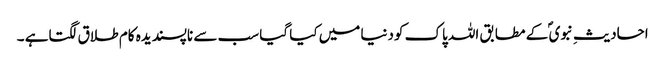
احادیثِ نبوی ؐ کے مطابق اللہ پاک کودنیا میں کیا گیا سب سے ناپسندیدہ کام طلاق لگتاہے ۔